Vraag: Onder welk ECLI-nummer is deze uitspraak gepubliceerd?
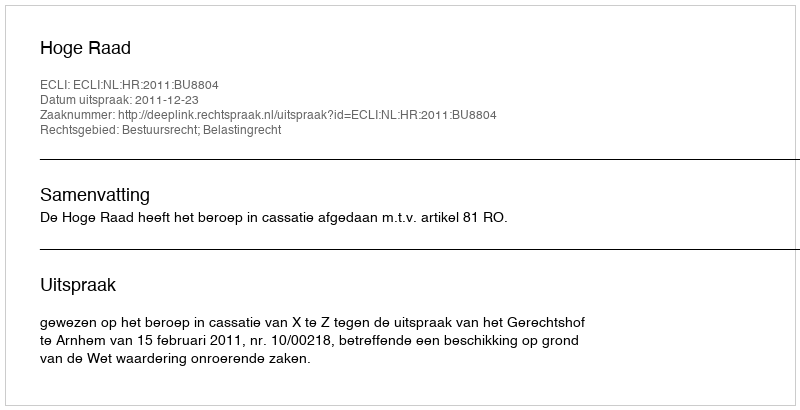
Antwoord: ECLI:NL:HR:2011:BU8804